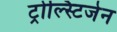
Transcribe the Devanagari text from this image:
ट्रोल्स्टिजेन